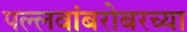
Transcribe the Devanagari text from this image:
पल्लवांबरोबरच्या